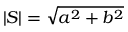
\vert S \vert = { \sqrt { a ^ { 2 } + b ^ { 2 } } }